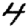
Digit: 4